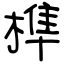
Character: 榫